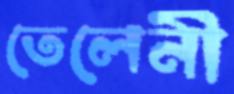
তেলেনী